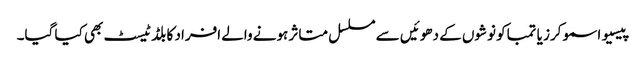
پیسیو اسموکرز یا تمباکو نوشوں کے دھوئیں سے مسلسل متاثر ہونے والے افراد کا بلڈ ٹیسٹ بھی کیا گیا۔